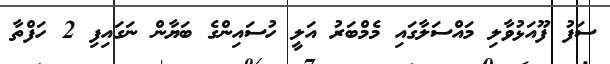
ސަފު ފޫއަޅުވާލި މައްސަލާގައި މެމްބަރު އަލީ ހުސައިންގެ ބަޔާން ނަގައިފި 2 ހަފްތާ